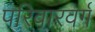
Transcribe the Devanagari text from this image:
परिवारवर्ग